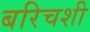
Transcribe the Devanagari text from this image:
बरिचशी